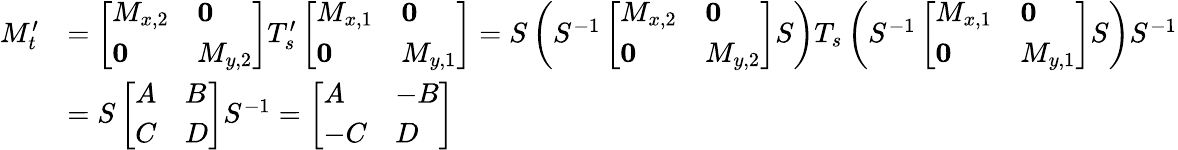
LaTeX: \begin{array}{rl}{M_{t}^{\prime}}&{=\left[\begin{array}{ll}{M_{x,2}}&{\mathbf{0}}\\ {\mathbf{0}}&{M_{y,2}}\end{array}\right]T_{s}^{\prime}\left[\begin{array}{ll}{M_{x,1}}&{\mathbf{0}}\\ {\mathbf{0}}&{M_{y,1}}\end{array}\right]=S\left(S^{-1}\left[\begin{array}{ll}{M_{x,2}}&{\mathbf{0}}\\ {\mathbf{0}}&{M_{y,2}}\end{array}\right]S\right)T_{s}\left(S^{-1}\left[\begin{array}{ll}{M_{x,1}}&{\mathbf{0}}\\ {\mathbf{0}}&{M_{y,1}}\end{array}\right]S\right)S^{-1}}\\ &{=S\left[\begin{array}{ll}{A}&{B}\\ {C}&{D}\end{array}\right]S^{-1}=\left[\begin{array}{ll}{A}&{-B}\\ {-C}&{D}\end{array}\right]}\end{array}